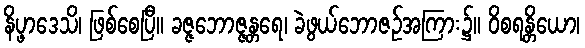
နိပ္ဖာဒေသိ၊ ဖြစ်စေပြီ။ ခဇ္ဇဘောဇ္ဇန္တရေ၊ ခဲဖွယ်ဘောဇဉ်အကြား၌။ ဝိစရန္တိယော၊